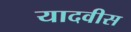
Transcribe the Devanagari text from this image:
यादवीस